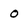
Character: 0